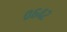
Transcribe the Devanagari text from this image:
०६४२